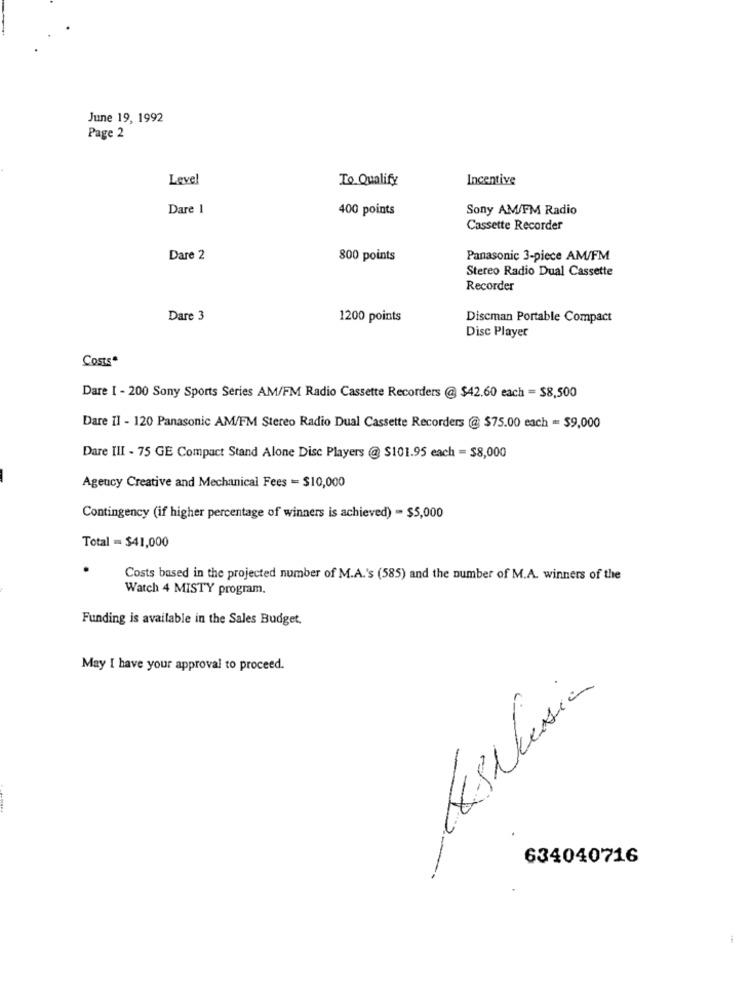
June 19, 1992
Page 2
Level
To Qualify
Incentive
Dare 1
400 points
Sony AM/FM Radio
Cassette Recorder
Dare 2
800 points
Panasonic 3-piece AM/FM
Stereo Radio Dual Cassette
Recorder
Dare 3
1200 points
Discman Portable Compact
Disc Player
Costs
Dare I - 200 Sony Sports Series AM/FM Radio Cassette Recorders @ $42.60 each = $8,500
Dare II - 120 Panasonic AM/FM Stereo Radio Dual Cassette Recorders @ $75.00 each = $9,000
Dare III - 75 GE Compact Stand Alone Disc Players @ $101.95 each = $8,000
Agency Creative and Mechanical Fees = $10,000
Contingency (if higher percentage of winners is achieved) = $5,000
Total = $41,000
.
Costs based in the projected number of M.A.'s (585) and the number of M.A. winners of the
Watch 4 MISTY program.
Funding is available in the Sales Budget.
May I have your approval to proceed.
Asluesia
634040716